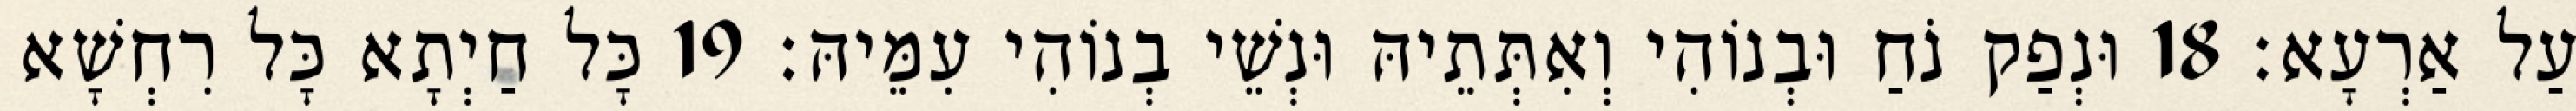
עַל אַרְעָא׃ 18 וּנְפַק נֹחַ וּבְנוֹהִי וְאִתְּתֵיהּ וּנְשֵׁי בְנוֹהִי עִמֵּיהּ׃ 19 כָּל חַיְתָא כָּל רִחְשָׁא